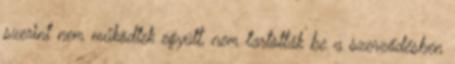
szerint nem működtek együtt, nem tartották be a szerződésben